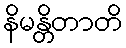
နိမန္တိတာတိ